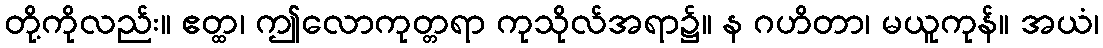
တို့ကိုလည်း။ ဧတ္ထ၊ ဤလောကုတ္တရာ ကုသိုလ်အရာ၌။ န ဂဟိတာ၊ မယူကုန်။ အယံ၊